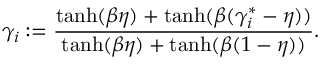
\gamma _ { i } : = \frac { \operatorname { t a n h } ( \beta \eta ) + \operatorname { t a n h } ( \beta ( { \gamma } _ { i } ^ { * } - \eta ) ) } { \operatorname { t a n h } ( \beta \eta ) + \operatorname { t a n h } ( \beta ( 1 - \eta ) ) } .